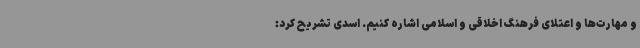
و مهارت‌ها و اعتلای فرهنگ اخلاقی و اسلامی اشاره کنیم. اسدی تشریح کرد: